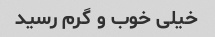
خیلی خوب و گرم رسید